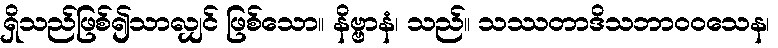
ရှိသည်ဖြစ်၍သာလျှင် ဖြစ်သော။ နိဗ္ဗာနံ၊ သည်။ သဿတာဒိသဘာဝဝသေန၊